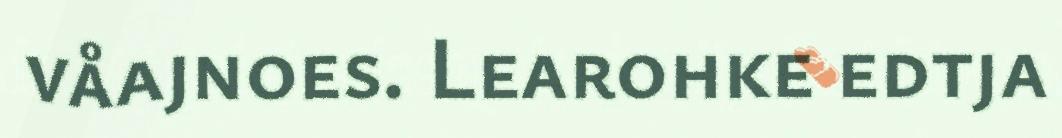
våajnoes. Learohke edtja